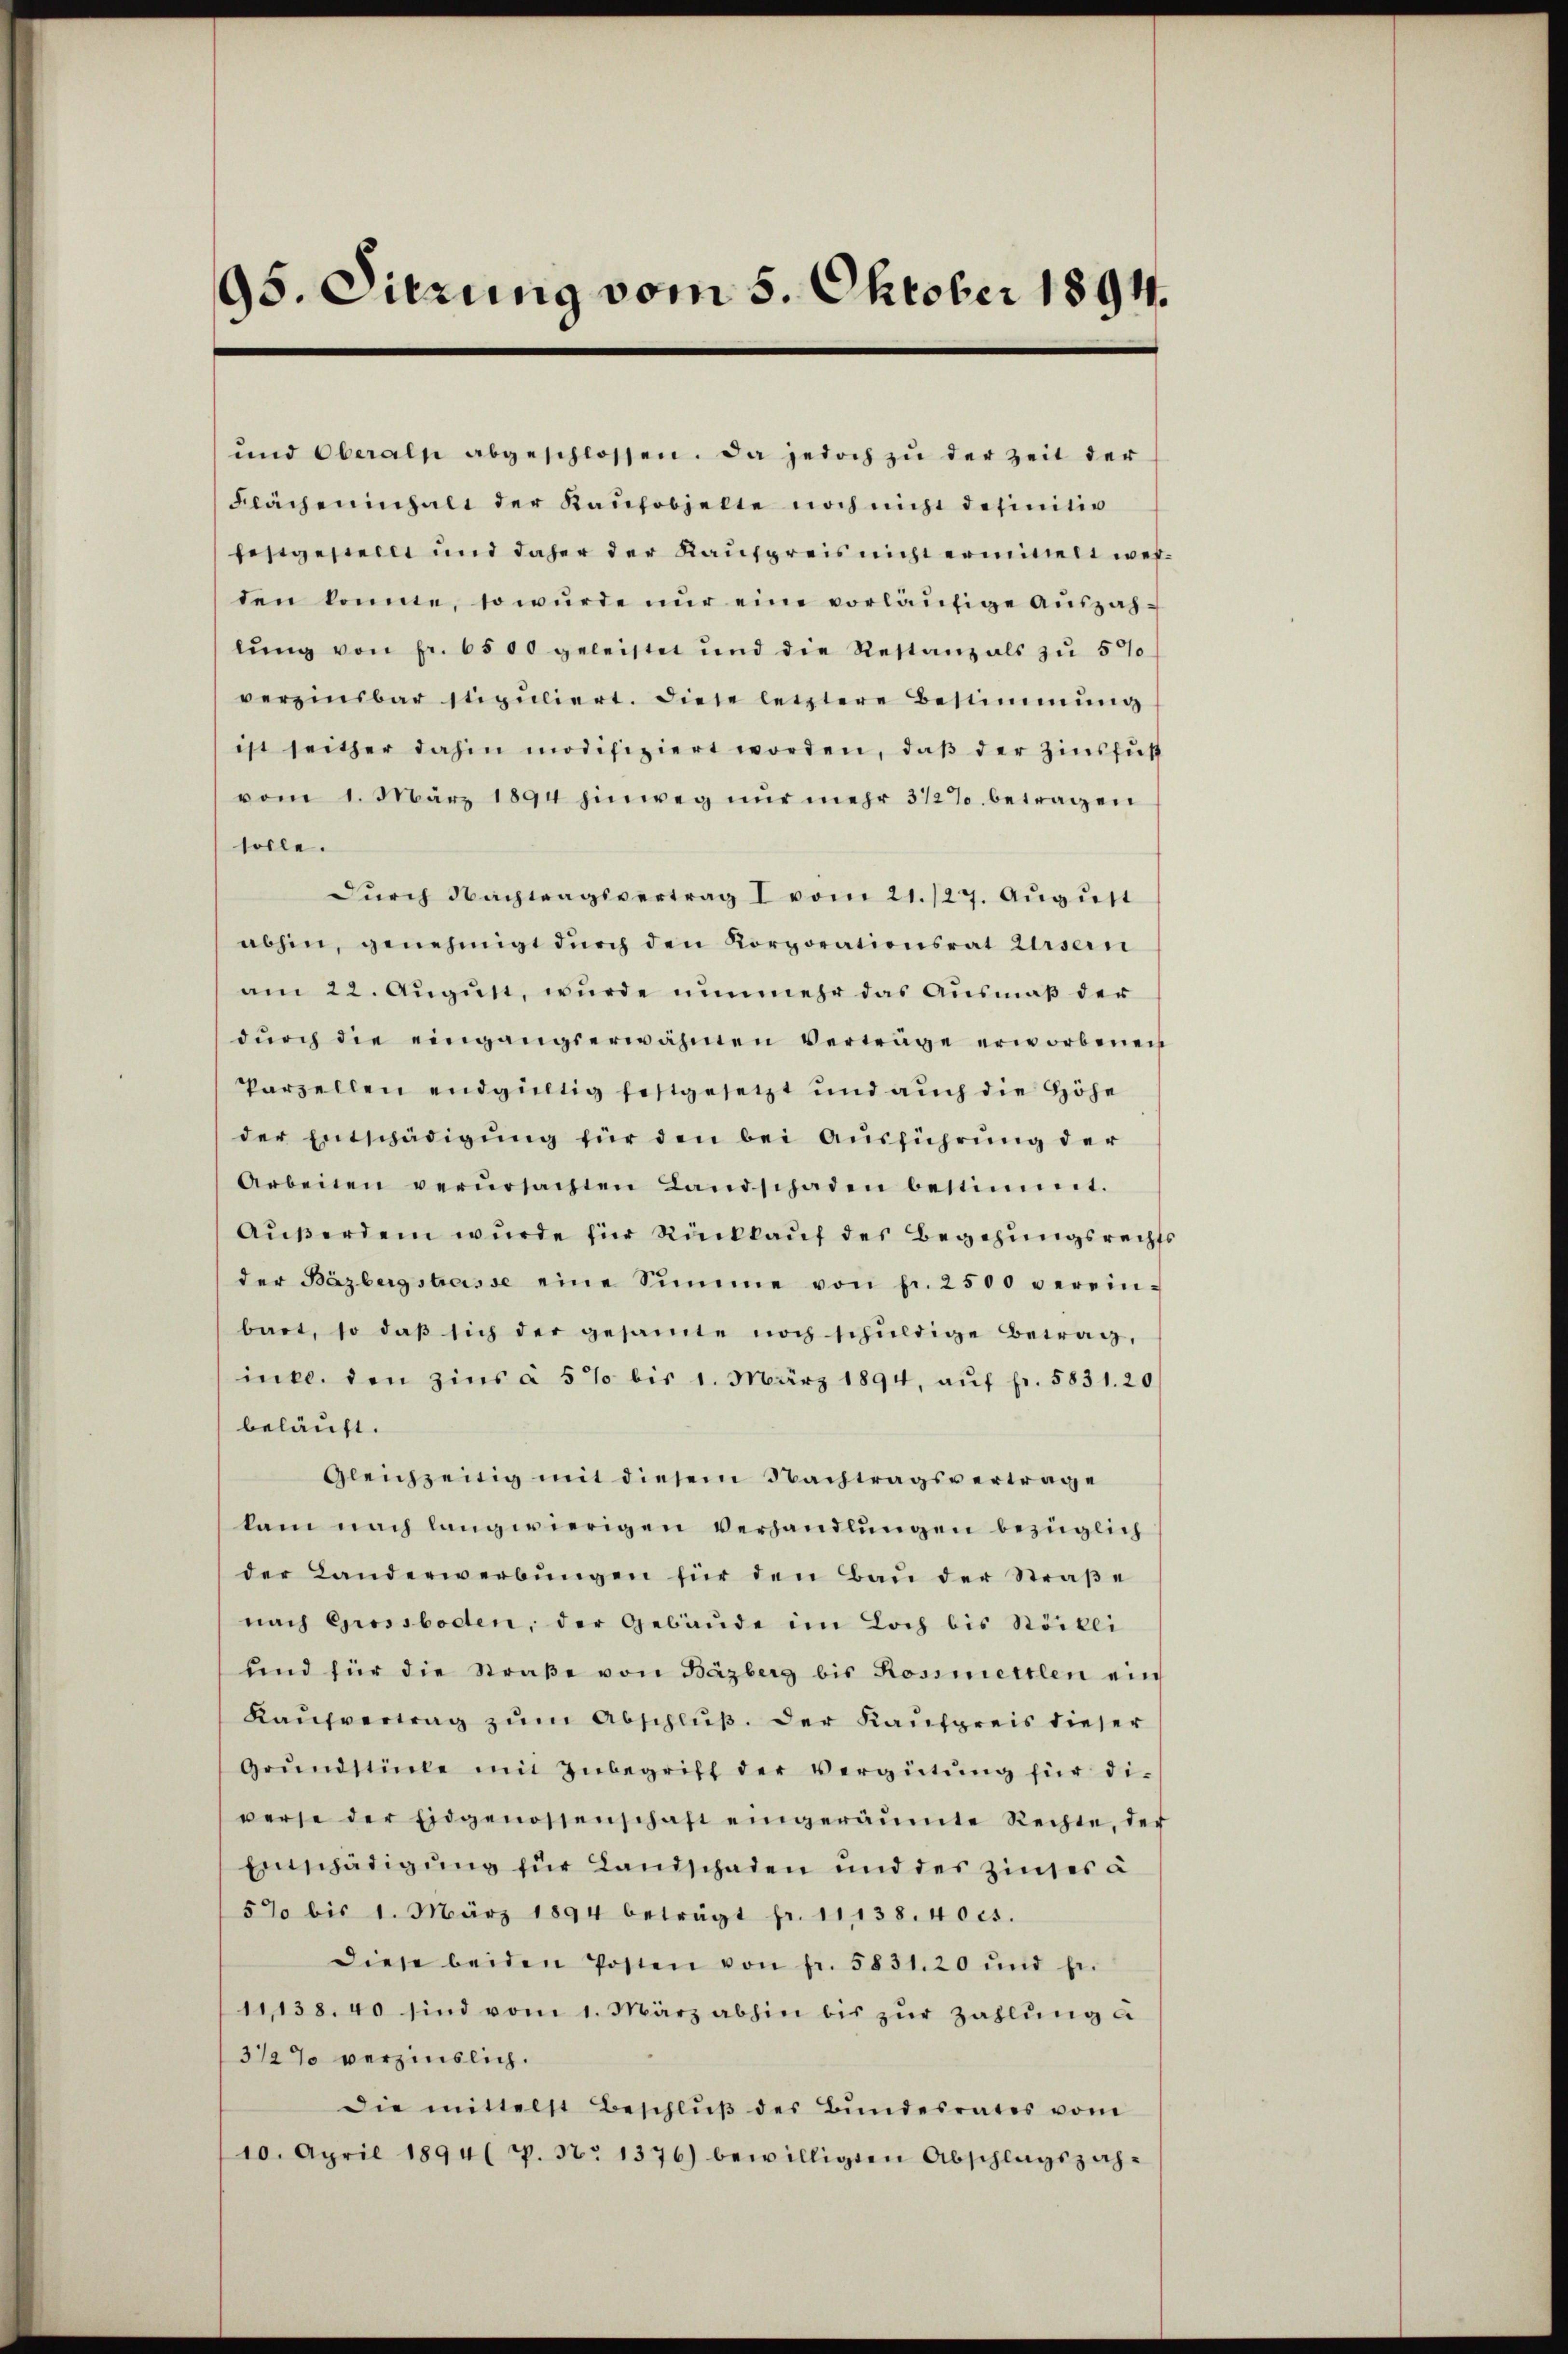
95. Dierung vom 5. Oktober 1894.

ŭnd Oberalp abgeschlossen. Da jedoch zŭ der Zeit der
Flächeninhalt der Kaufobjelte noch nicht definitiv
festgestellt und daher der Kaufpreis nicht ermittelt werten könne, so würde nŭr eine vorläŭfige Aŭszahlŭng von Fr. 6500 geleistet und die Restanz als zŭ 5%
verzinsbar stipuliert. Diese letztere Bestimmung
ist seither dahin modifiziert worden, daβ der Zinsfuß
vom 1. März 1894 hinweg nur mehr 3 1/2% betragen
solle.
Dŭrch Nachtragsvertrag I vom 21./27. Aŭgŭst
abhin, genehmigt durch den Korporationsrat Ursern
am 22. August, wurde nunmehr das Ausmaß der
dŭrch die eingangserwähnen Vertrage erworbenen
Parzellen endgültig festgesetzt und auch die Höhe
der Entschädigung für den bei Ausführung der
Arbeiten verŭrsachten Landschaden bestimmt.
Außerdem wurde für Rückkauf des Begehungsrechts
der Bäzbergstrasse eine Summe von fr. 2500 verein-
bart, so daβ sich der gesamte noch schuldige Betrag,
incl. den zins à 5 % bis 1. März 1894, aŭf fr. 5831. 20
beläuft.
Gleichzeitig mit diesem Nachtragsvertrage
kam nach langwierigen Verhandlungen bezüglich
der Landerwerbŭngen für den Baŭ der Straβe
nach Grossboden, der Gebäude im Loch bis Stöckli
und für die Straβe von Bäzberg bis Rossmettlen ein
Kaŭfvertrag zum Abschluß. Der Kaufpreis dieser
Grŭndstücke mit Inbegriff der Vergütŭng für die
verse der Eidgenossenschaft eingeräumte Rechte, der
Entschädigung für Landschaden und des Zinses à
570 bis 1. März 1894 beträgt fr. 11138. 40cs.
diese beiden Posten von fr. 5831.20 und fr.
11138. 40 sind vom 1. März abhin bis zŭr Zahlung a
312% verzinslich.
Die mittelst Beschlŭβ des Bŭndesrates vom
10. April 1894( p. 37. 1376) bewilligten Abschlagszah-